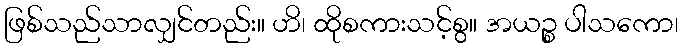
ဖြစ်သည်သာလျှင်တည်း။ ဟိ၊ ထိုစကားသင့်စွ။ အယဉ္စ ပါသကော၊